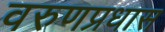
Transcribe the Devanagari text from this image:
वरुणप्रधास